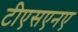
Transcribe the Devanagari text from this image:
टीएसएनए